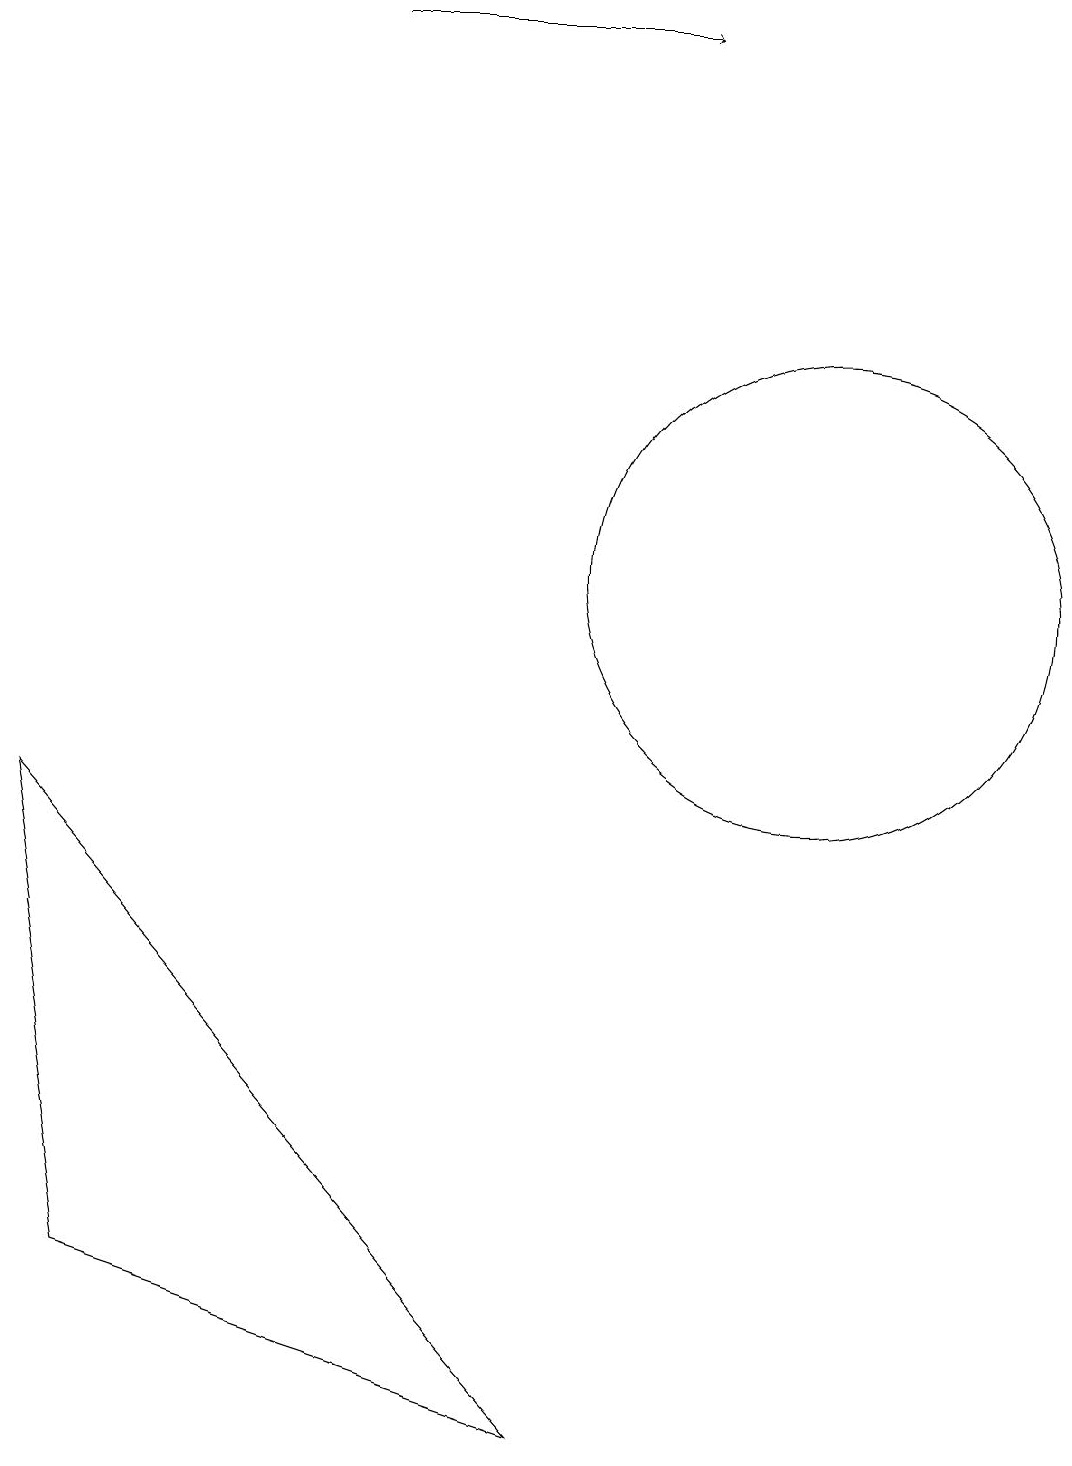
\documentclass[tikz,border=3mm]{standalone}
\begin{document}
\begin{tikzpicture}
\draw (11,12) circle (3);
\draw (1,9) -- (2,3) -- (8,1) -- cycle;
\draw[->] (5,19) -- (9,19);
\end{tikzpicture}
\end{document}